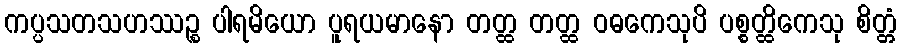
ကပ္ပသတသဟဿဉ္စ ပါရမိယော ပူရယမာနော တတ္ထ တတ္ထ ဝဓကေသုပိ ပစ္စတ္ထိကေသု စိတ္တံ